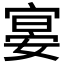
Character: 𡩷